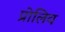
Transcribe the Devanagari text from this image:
प्रोलिव